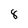
Character: 8